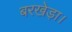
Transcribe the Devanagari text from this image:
बरखेड़ा।